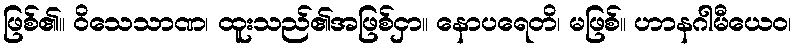
ဖြစ်၏။ ဝိသေသာဏ၊ ထူးသည်၏အဖြစ်ငှာ။ နောပရေတိ၊ မဖြစ်။ ဟာနဂါမီယေဝ၊